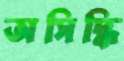
অসিদ্ধি